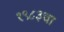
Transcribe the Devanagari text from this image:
१९८३चा